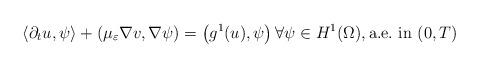
LaTeX: \begin{align*}\left\langle \partial_t u,\psi\right\rangle +\left(\mu_{\varepsilon}\nabla v,\nabla\psi\right) =\left( g^{1}(u),\psi\right)\forall\psi\in H^{1}(\Omega), \hbox{a.e.~in }(0,T) \end{align*}